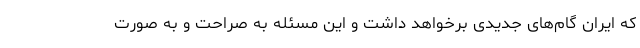
که ایران گام‌های جدیدی برخواهد داشت و این مسئله به صراحت و به صورت